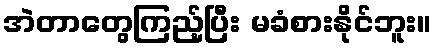
အဲတာတွေကြည့်ပြီး မခံစားနိုင်ဘူး။